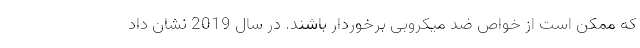
که ممکن است از خواص ضد میکروبی برخوردار باشند. در سال 2019 نشان داد